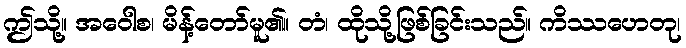
ဤသို့။ အဝေါစ၊ မိန့်တော်မူ၏။ တံ၊ ထိုသို့ဖြစ်ခြင်းသည်။ ကိဿဟေတု၊